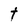
Character: t